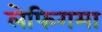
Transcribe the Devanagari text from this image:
लेफिगमा